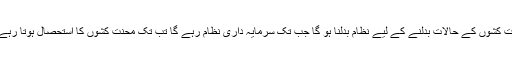
محنت کشوں کے حالات بدلنے کے لیے نظام بدلنا ہو گا جب تک سرمایہ داری نظام رہے گا تب تک محنت کشوں کا استحصال ہوتا رہے گا۔